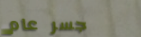
جسر عام